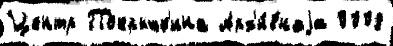
Центр Покрышк'ина Арх'и́внаjа 0008